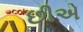
છીએ